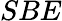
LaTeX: SBE